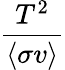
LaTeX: \frac{T^{2}}{\langle\sigma v\rangle}